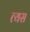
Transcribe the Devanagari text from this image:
त्यस